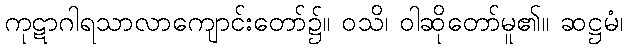
ကုဋာဂါရသာလာကျောင်းတော်၌။ ဝသိ၊ ဝါဆိုတော်မူ၏။ ဆဋ္ဌမံ၊